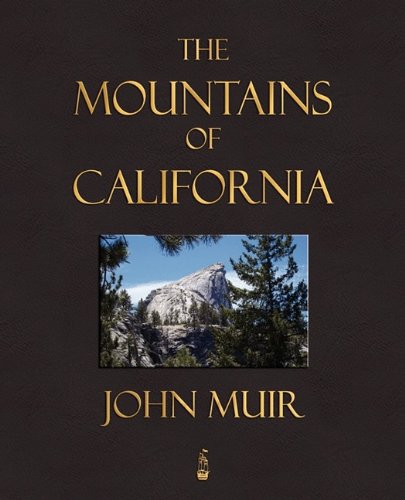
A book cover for The Mountains Of California; John Muir; Science & Math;